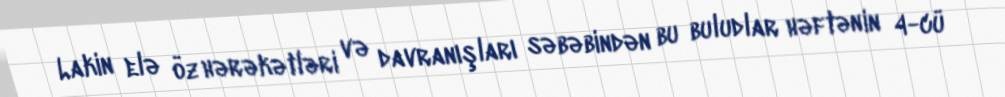
Lakin elə öz hərəkətləri və davranışları səbəbindən bu buludlar həftənin 4-cü